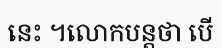
នេះ ។លោកបន្តថា បើ